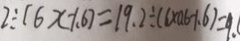
2 \div ( 6 x - 1 . 6 ) = 1 9 . 2 \div ( 6 \times 0 . 6 - 1 . 6 ) = 9 . (